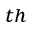
^ { t h }